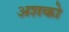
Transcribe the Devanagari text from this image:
अशको